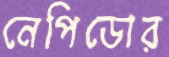
নেপিডোর